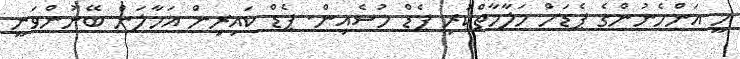
މީ އަންހެނުންގެ ޕެޑަށް މަލާމާތްކުރި ޕެޑް ހުސެއިން. ޕެޑް ކައިރިން އަހާލަން ބޭނުންވަނީ